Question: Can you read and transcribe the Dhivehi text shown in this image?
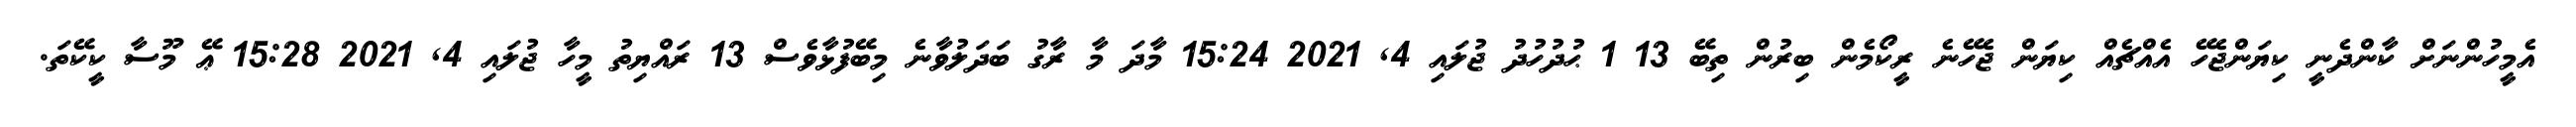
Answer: އެމީހުންނަށް ކާންދެނީ ކިޔަންޖެހޭ އެއްޗެއް ކިޔަން ޖެހޭނެ ރީކޯމެން ބިރުން ތިބޭ 13 1 ޙުދުހުދު ޖުލައި 4, 2021 15:24 މާދަ މާ ރާގު ބަދަލުވާނެ މިބޭފުޅާވެސް 13 ރައްޔިތު މީހާ ޖުލައި 4, 2021 15:28 ޢޭ މޫސާ ކީކޭތަ.